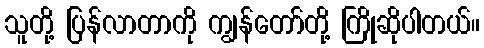
သူတို့ ပြန်လာတာကို ကျွန်တော်တို့ ကြိုဆိုပါတယ်။